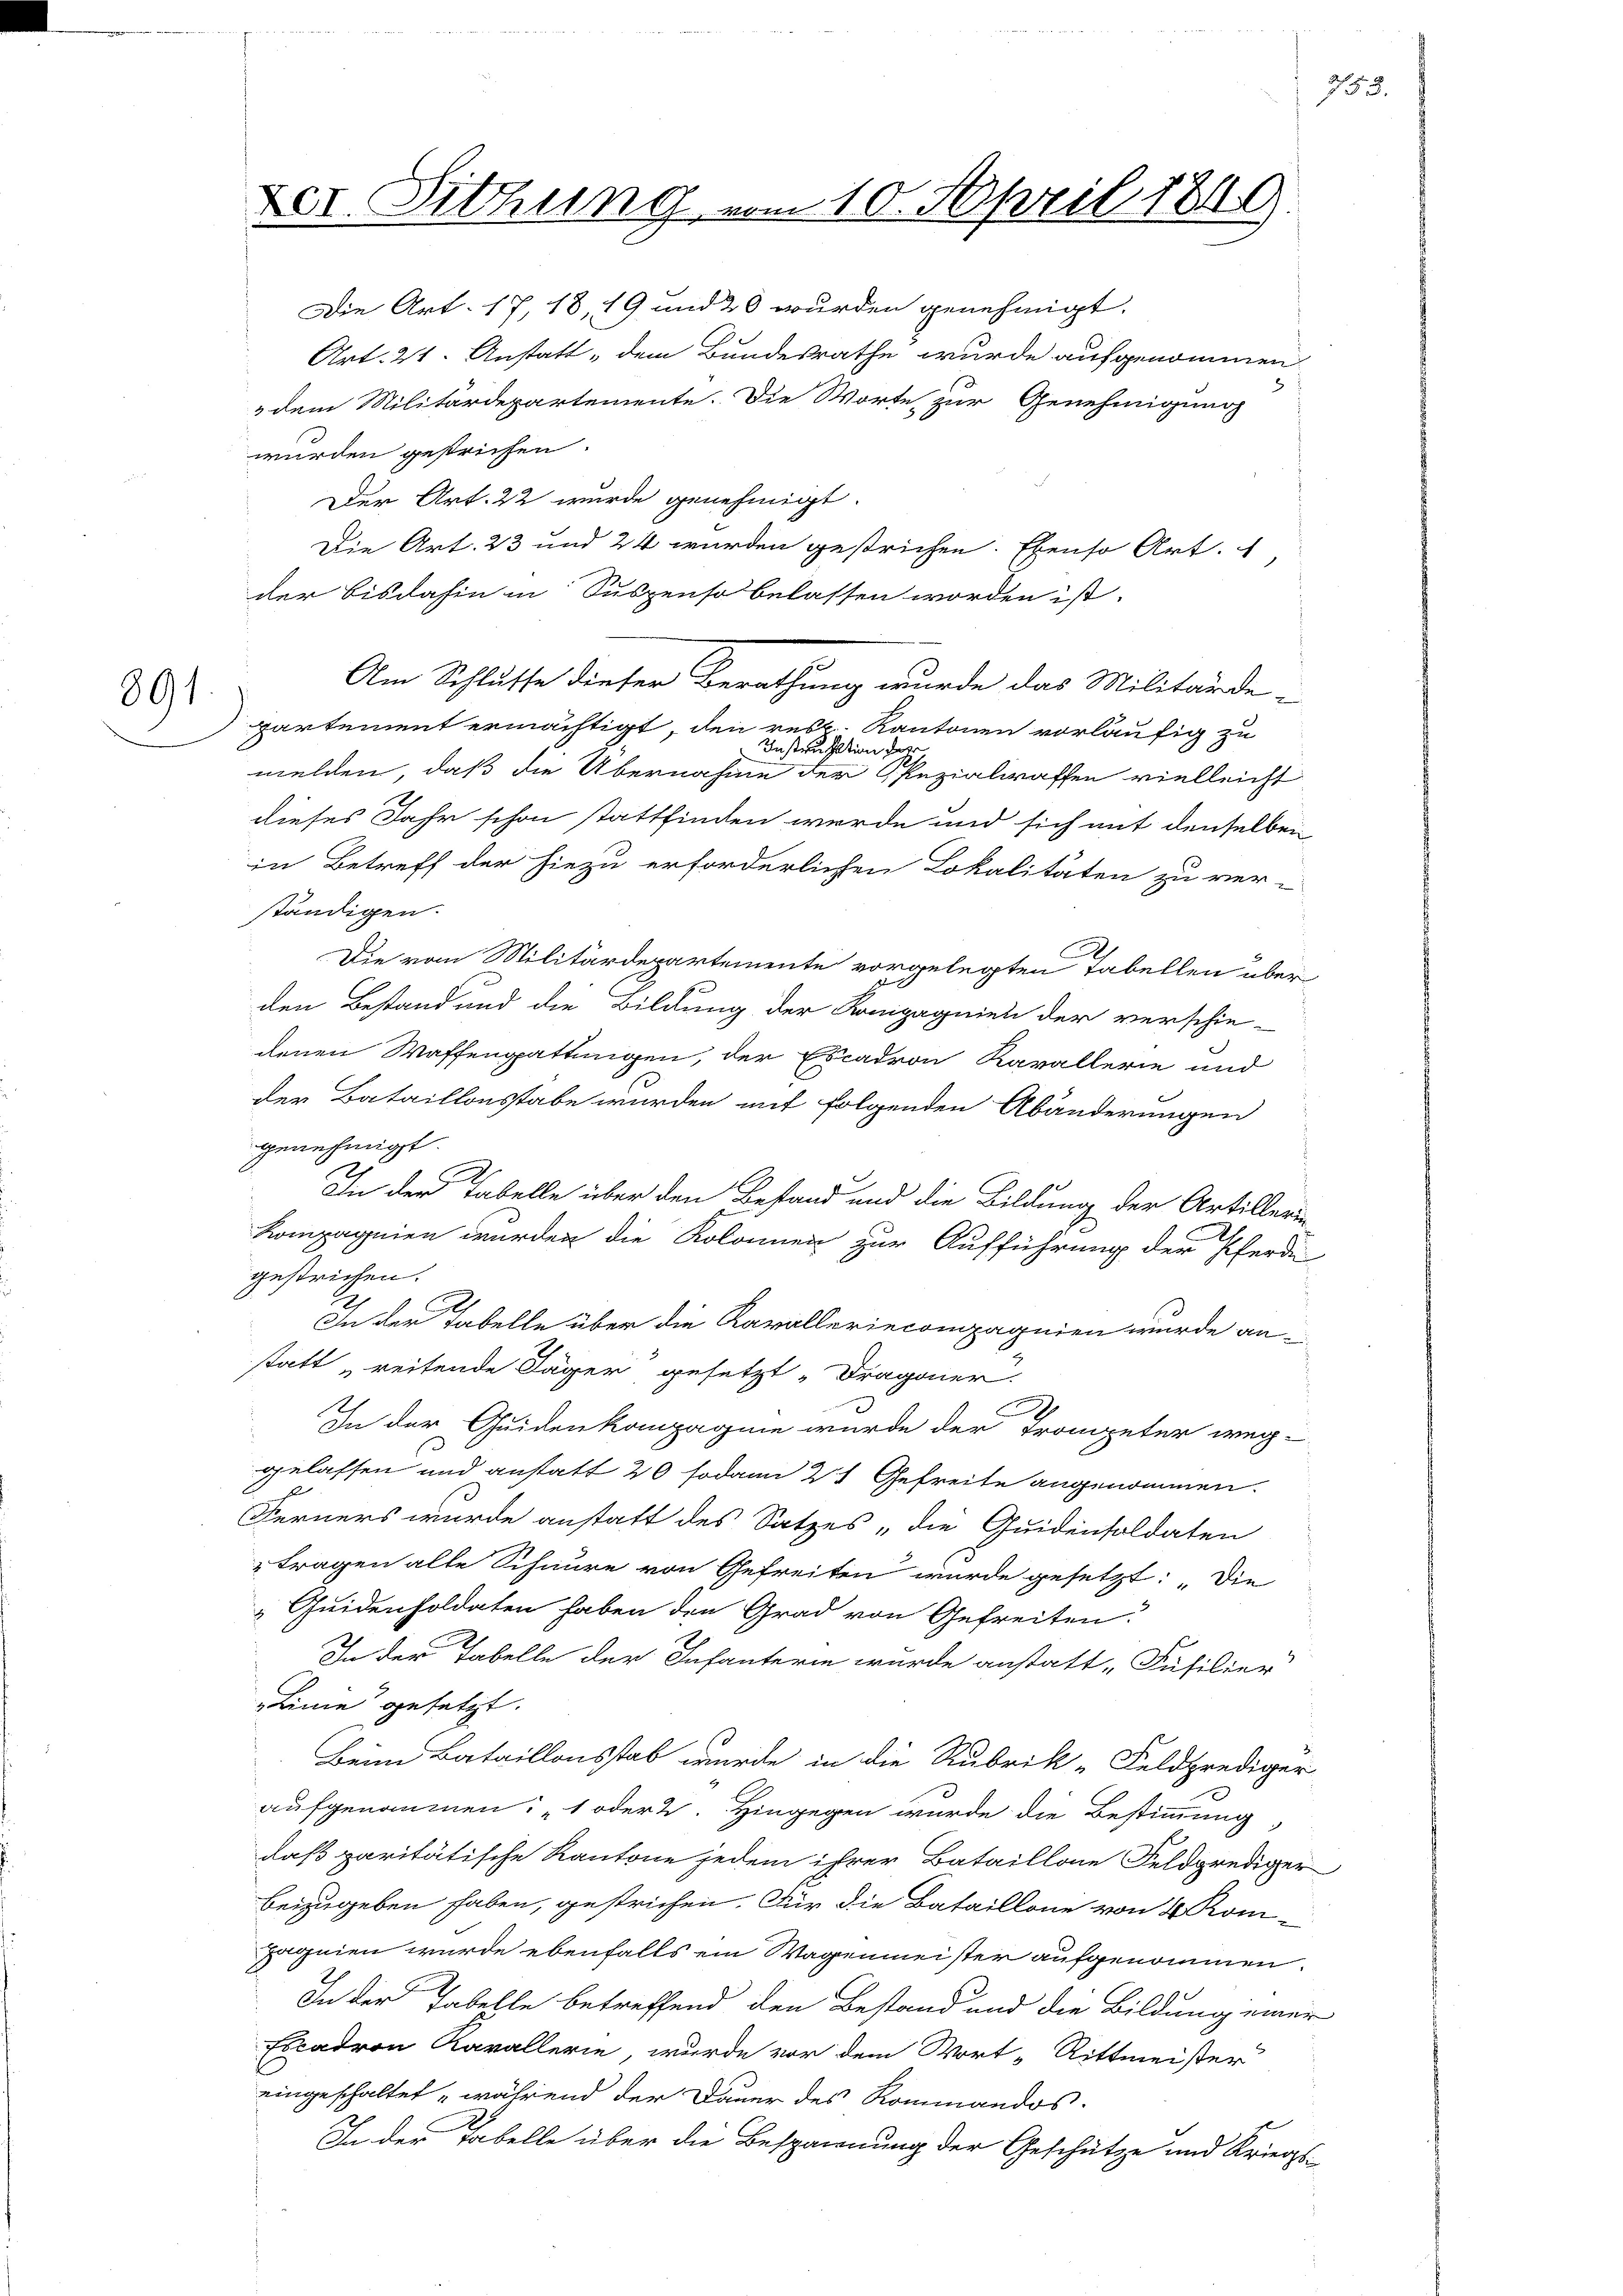
891.

Der Sitzung vom 10. April 1849

Am Schlusse dieser Berathung wurde das Militärde-

Die Art. 17, 18, 19 und 20 wurden genehmigt.
Art. 21. Anstatt „dem Bundesrathe wurde aufgenommen
3 dem Militärdepartemente. Die Worte zur Genehmigung
wurden gestrichen.
Der Art. 22 wurde genehmigt.
Die Art. 23 und 24 wurden gestrichen. Ebenso Art. 1,
der bisdahin in Suspenso belassen worden ist.
partement ermächtigt, den resp. Kantonen vorläufig zu
Instruktion des
melden, daß die Übernahme der Spezialwaffen vielleicht
dieses Jahr schon stattfinden werde und sich mit denselben
in Betreff der hiezu erforderlichen Lokalitäten zu ver-
ständigen.
Die vom Militärdepartemente vorgelegten Tabellen über
den Bestand und die Bildung der Kompagnien der verschie-
denen Waffengattungen, der Escadron Kavallerie und
der Bataillonstabe wurden mit folgenden Abänderungen
genehmigt.
In der Tabelle über den Bestand und die Bildung der Artillerin¬
Kompagnien wurden die Kolomen zur Aufführung der Pferde
gestrichen.
In der Tabelle über die Kavalleriecompagnien wurde anstatt „reitende Jäger gesetzt „Dragoner
A
In der Guidenkompagnie wurde der Trompeter weg-
gelassen und anstatt 20 sodann 2 Gefreite angenommen.
f
Ferners wurde anstatt des Satzes „die Quidensoldaten
tragen alle Schnure von Gefreiten wurde gesetzt: „Die
Quidensoldaten haben den Grad von Gefreiten.
In der Tabelle der Infanterie wurde anstatt „Füsilier
Linie gesetzt.
Beim Bataillonsstab wurde in die Rubrik „Feldprediger
aufgenommen: „1 oder 2. Hingegen wurde die Bestimmung
daß paritätische Kantone jedem ihrer Bataillone Feldprediger
beizugeben haben, gestrichen. Für die Bataillone von 4 Kom-
pagnien wurde ebenfalls ein Wagenmeister aufgenommen.
In der Tabelle betreffend den Bestand und die Bildung einer
Escadron Kavallerie, wurde vor dem Wort-Rittmeister
eingeschaltet während der Dauer des Rommandos.
In der Tabelle über die Bespannung der Geschütze und Kriegs-

753.